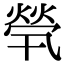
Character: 煢